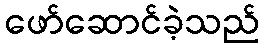
ဖော်ဆောင်ခဲ့သည်